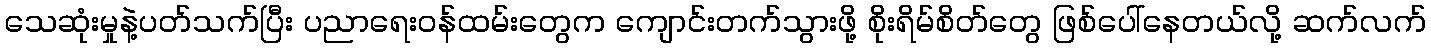
သေဆုံးမှုနဲ့ပတ်သက်ပြီး ပညာရေးဝန်ထမ်းတွေက ကျောင်းတက်သွားဖို့ စိုးရိမ်စိတ်တွေ ဖြစ်ပေါ်နေတယ်လို့ ဆက်လက်